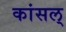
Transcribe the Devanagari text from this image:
कांसल्